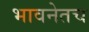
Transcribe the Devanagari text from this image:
भावनेतच